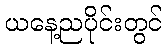
ယနေ့ညပိုင်းတွင်